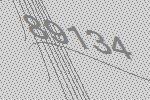
89134